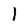
Character: 1